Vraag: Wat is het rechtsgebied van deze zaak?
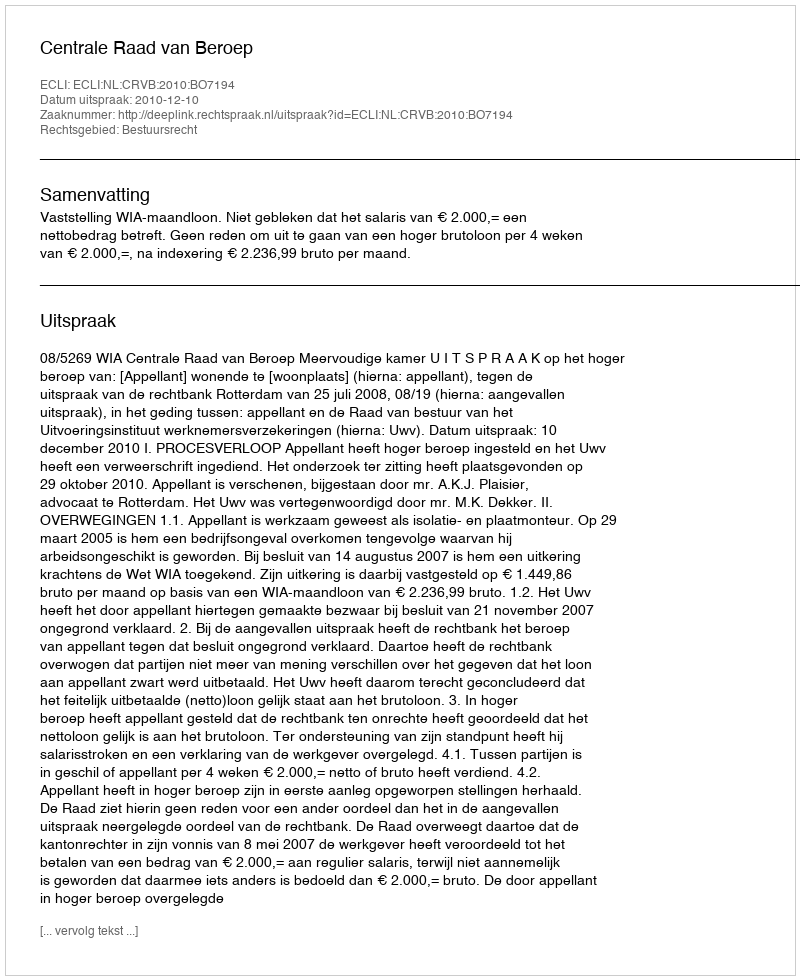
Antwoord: Bestuursrecht